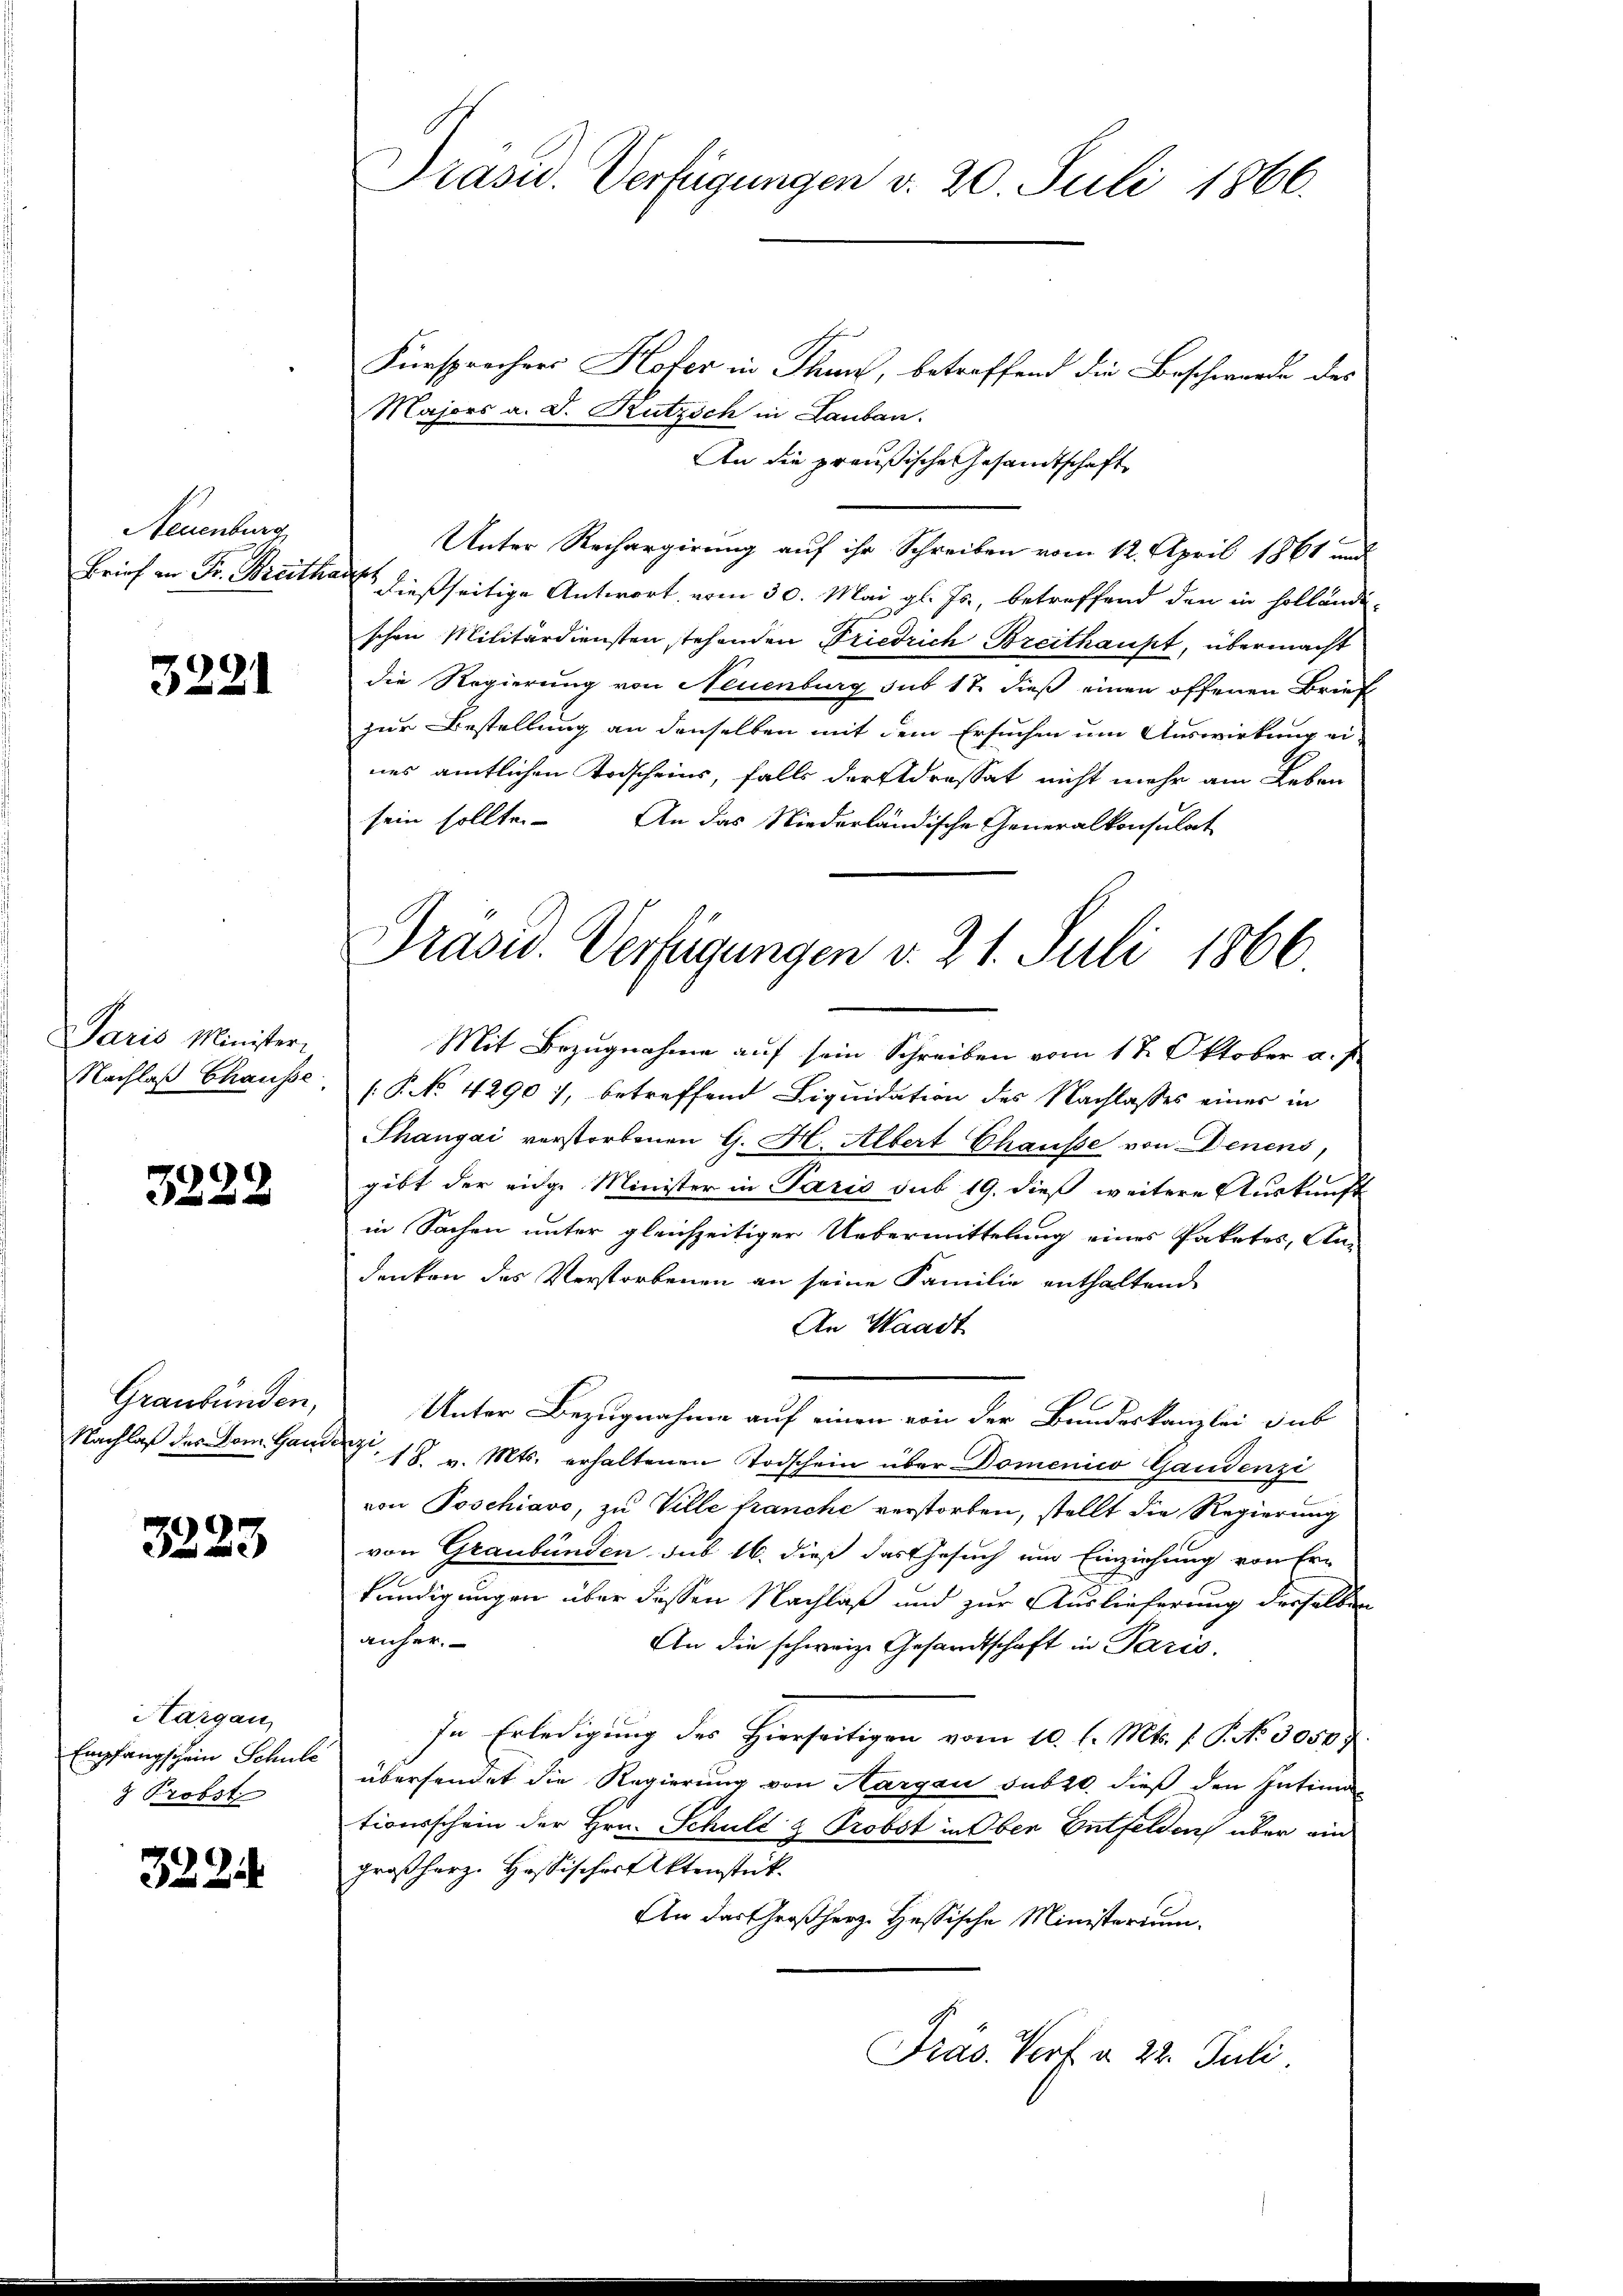
Neuenburg
Brief in Fr. Breith

3221

Paris Minister-
Nachlaß Chausse

3222

Graubünden,
Nachlaß des Dom. Gaude

3223

Hargau,
Empfangschein Schule
8 Probst

3224

Präsid. Verfügungen v. 20 Juli 1866.

Präsid. Verfügungen v. 21. Juli 1866

Fürsprechers Hofer in Thun, betreffend die Beschwerde des
Majors a. D. Rutzsch in Lauban
An die preußische Gesandtschaft
Unter Rechargirung auf ihr Schreiben vom 12. April 1861 und
.
dießseitige Antwort vom 30. Mai gl. Js., betreffend den in Hollände
schen Militärdiensten stehenden Friedrich Breithaust, übermacht
die Regierung von Neuenburg sub 17 dieß einen offenen Brief
zur Bestellung an denselben mit dem Ersuchen um Auswirkung ei-
nes amtlichen Todscheins, falls der Adressat nicht mehr am Leben
sein sollte. An das Niederländische Generalkonsulat
Mit Bezugnahme auf sein Schreiben vom 17. Oktober a. f.
[P No 4290), betreffend Liquidation des Nachlasses eines in
Thangai verstorbenen G. H. Albert Chausse von Denens,
gibt der eidg. Minister in Paris sub 19. dieß weitere Auskunft
in Sachen unter gleichzeitiger Uebermittelung eines Paketes, An-
denken des Verstorbenen an seine Familie enthaltend
An Waadt
Unter Bezugnahme auf einen von der Bundeskanzlei sub
J. 18. v. Mts. erhaltenen Todschein über Domenico Gaudenzi
von Poschiavo, zu Ville franche verstorben, stellt die Regierung
von Graubünden sub 16. dieß das Gesuch ein Einziehung von Er-
kundigungen über dessen Nachlaß und zur Auslieferung derselben
anher
An die schweize Gesandtschaft in Paris,
In Erledigung des Hierseitigen vom 10. l. Mts. f. P. Nr. 3050/
übersendet die Regierung von Aargau sub 20. dieß den Intima
tionsschein der Hrn. Schuld- & Probst in Ober Entfelden über ein
großherz. Hassischer Aktenstrik
An das Großherz Hessische Ministerium.
Präs. Vorf u. 22. Juli